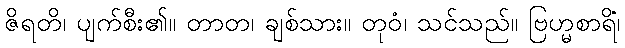
ဇိရတိ၊ ပျက်စီး၏။ တာတ၊ ချစ်သား။ တုဝံ၊ သင်သည်။ ဗြဟ္မစာရိံ၊